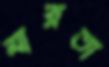
মারতা